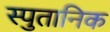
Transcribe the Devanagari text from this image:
स्पुतानिक